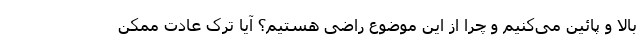
بالا و پائین می‌کنیم و چرا از این موضوع راضی هستیم؟ آیا ترک عادت ممکن